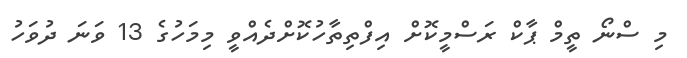
މި ސްނޯ ތީމް ޕާކް ރަސްމީކޮށް އިފްތިތާހުކޮށްދެއްވީ މިމަހުގެ 13 ވަނަ ދުވަހު